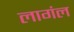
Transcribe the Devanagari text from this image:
लागंल